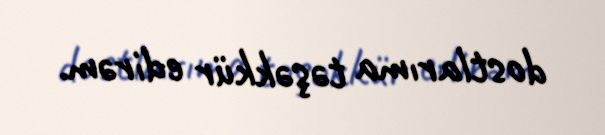
dostlarıma təşəkkür edirəm.